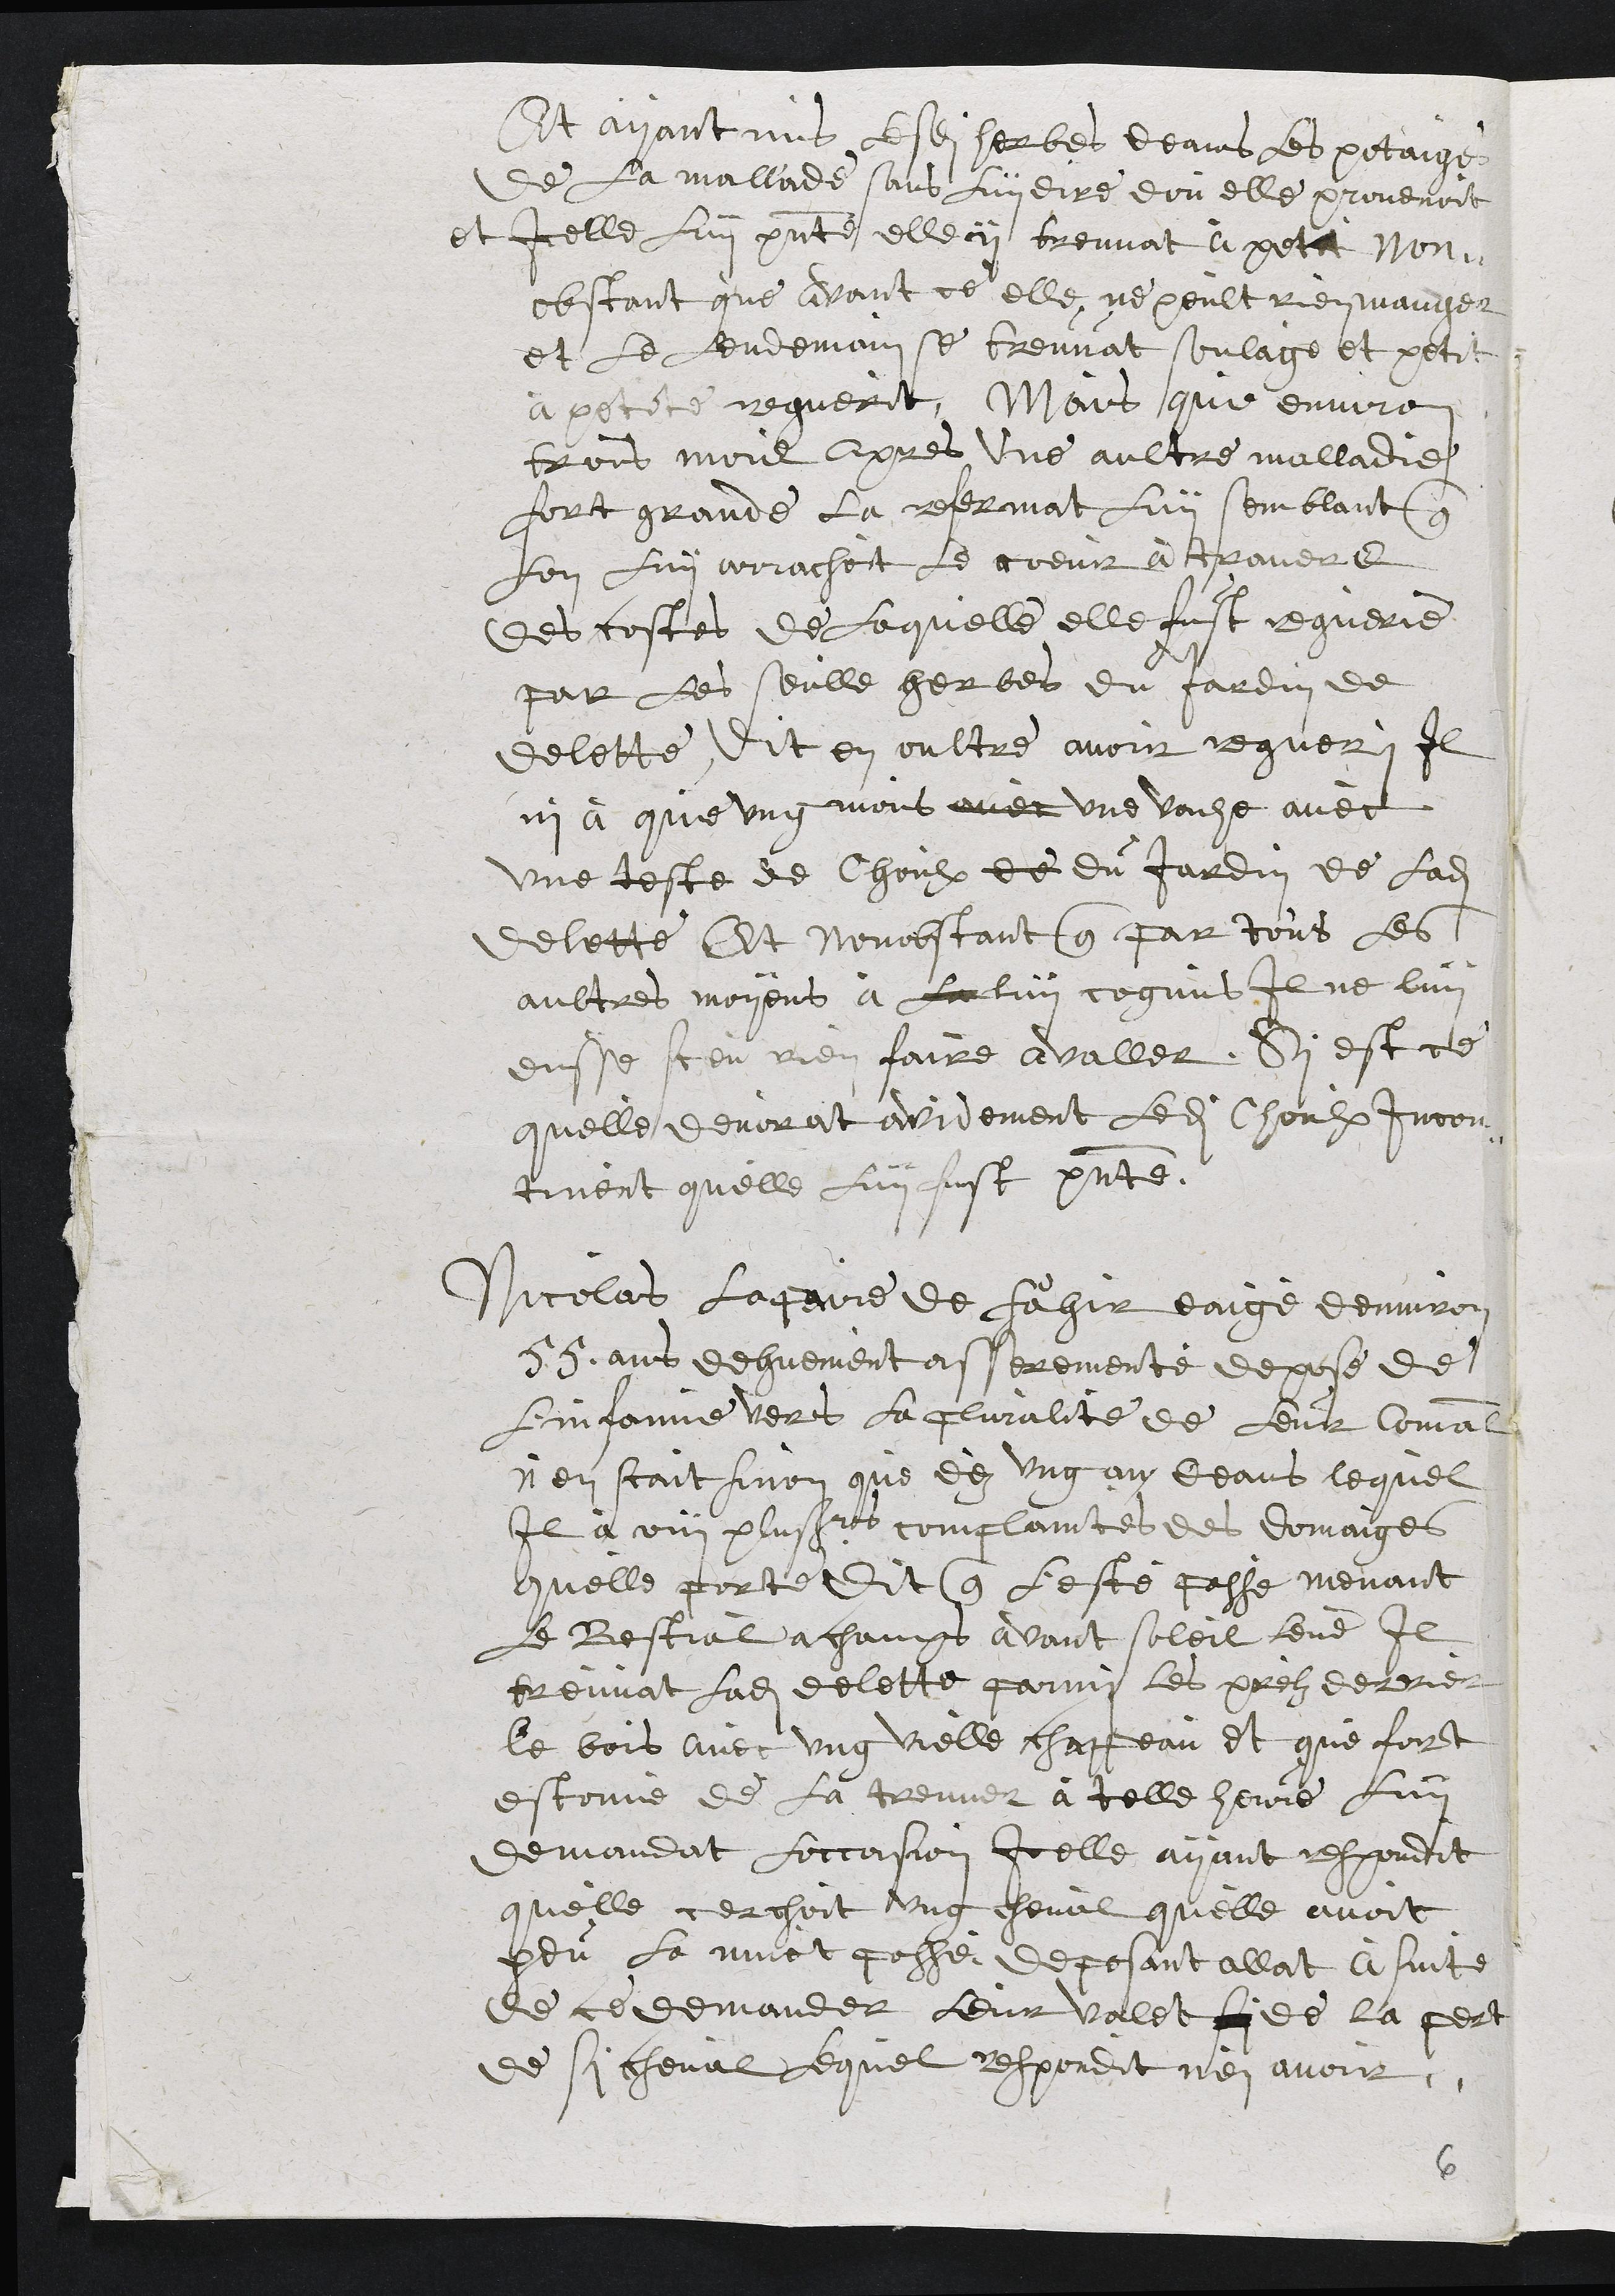
Et ayant mis lesdites herbes deans les potaige
de la mallade sans luy dire dou elle provenoit
et icelle luy presente elle y breuvat à petit Non-
obstant que avant de elle ne peult rienmanger
et le lendemain se treuvat soulage et petit
a petité reguerit, Mois que environ
trois mois apres une aultre malladie
fort grande la retermat luy semblant
Lon Luy arrachot le coeur a travere
des costes de Laquelle elle fust reguerie
par les seulle herbes du fardin de
delette, Dit en oultre avoir reguer, Il
ni à que ung mons avec une vauhe avec
une teste de Choulx de du Jardin de ladite
delette Et nonobstant que par tous les
aultres moyens à La luy cognus Il ne luy
ensse sceu rien faire avallet, Si est ce
quelle devorat avidement ledit Choulx Jncon
tinent quelle Luy fust presente.
Nicolas lagaure de fahir eaige denviron
55 ans dehuement asserementé depose de
Linfanne vers la pluralite de Leur Comal
n'en scait sinon que dez ung nu deans lequel
Il a on plusieurs complaintes des domaiges
quelle porte dit que l'este passe menant
le Bestial a chaps avant soleil feume Il
treuvat ladite delette parmy les prelz derrier
le bois avec ung vielle chasfeau et que fort
estonné de la treuver à telle heure Luy
demandat loccoision Icelle ayant respondit
quelle cerchoit ung cheval quelle avoit
pdu la nuict posse deposant allat asuite
de ce demander leur valet side la pert
de si cheval lequel respondit nen avoir.